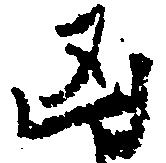
凶